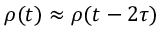
\rho ( t ) \approx \rho ( t - 2 \tau )